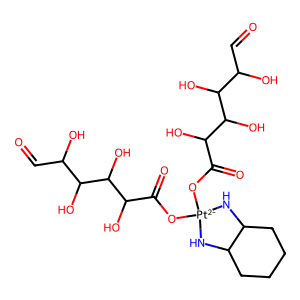
SMILES: O=CC(O)C(O)C(O)C(O)C(=O)O[Pt-2]1(OC(=O)C(O)C(O)C(O)C(O)C=O)NC2CCCCC2N1
Inhibits HIV replication: No